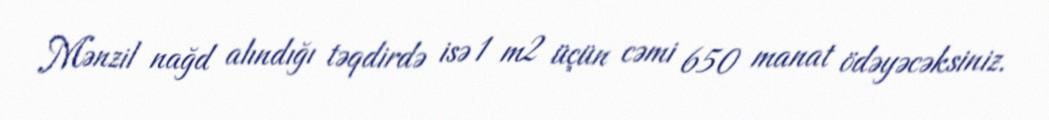
Mənzil nağd alındığı təqdirdə isə 1 m2 üçün cəmi 650 manat ödəyəcəksiniz.